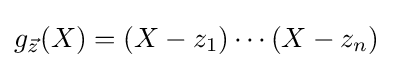
g_{\vec {z}}(X)=(X-z_{1})\cdots (X-z_{n})